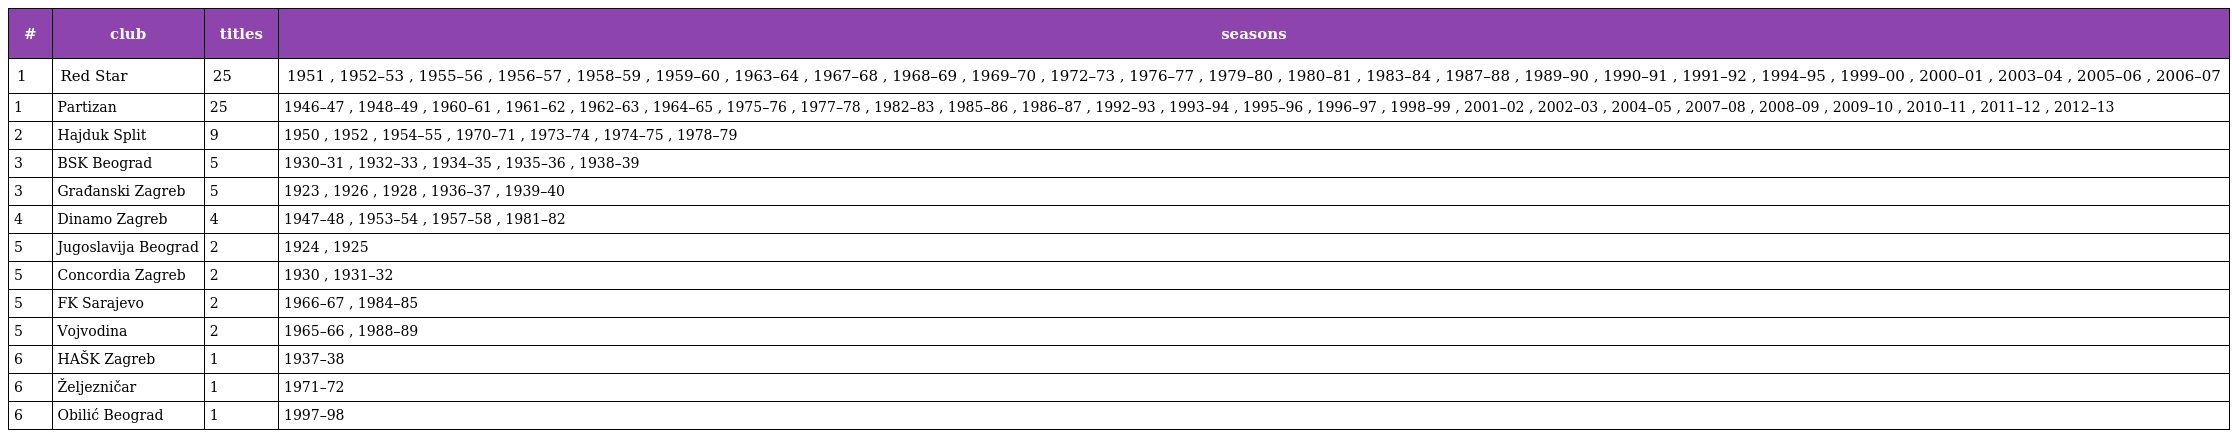
| # | club | titles | seasons |
 | --- | --- | --- | --- |
 | 1 | Red Star | 25 | 1951 , 1952–53 , 1955–56 , 1956–57 , 1958–59 , 1959–60 , 1963–64 , 1967–68 , 1968–69 , 1969–70 , 1972–73 , 1976–77 , 1979–80 , 1980–81 , 1983–84 , 1987–88 , 1989–90 , 1990–91 , 1991–92 , 1994–95 , 1999–00 , 2000–01 , 2003–04 , 2005–06 , 2006–07 |
 | 1 | Partizan | 25 | 1946–47 , 1948–49 , 1960–61 , 1961–62 , 1962–63 , 1964–65 , 1975–76 , 1977–78 , 1982–83 , 1985–86 , 1986–87 , 1992–93 , 1993–94 , 1995–96 , 1996–97 , 1998–99 , 2001–02 , 2002–03 , 2004–05 , 2007–08 , 2008–09 , 2009–10 , 2010–11 , 2011–12 , 2012–13 |
 | 2 | Hajduk Split | 9 | 1950 , 1952 , 1954–55 , 1970–71 , 1973–74 , 1974–75 , 1978–79 |
 | 3 | BSK Beograd | 5 | 1930–31 , 1932–33 , 1934–35 , 1935–36 , 1938–39 |
 | 3 | Građanski Zagreb | 5 | 1923 , 1926 , 1928 , 1936–37 , 1939–40 |
 | 4 | Dinamo Zagreb | 4 | 1947–48 , 1953–54 , 1957–58 , 1981–82 |
 | 5 | Jugoslavija Beograd | 2 | 1924 , 1925 |
 | 5 | Concordia Zagreb | 2 | 1930 , 1931–32 |
 | 5 | FK Sarajevo | 2 | 1966–67 , 1984–85 |
 | 5 | Vojvodina | 2 | 1965–66 , 1988–89 |
 | 6 | HAŠK Zagreb | 1 | 1937–38 |
 | 6 | Željezničar | 1 | 1971–72 |
 | 6 | Obilić Beograd | 1 | 1997–98 |